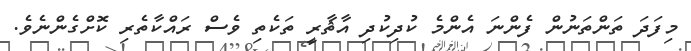
މިފަދަ ތަންތަނުން ފެންނަ އެންމެ ކުދިކުދި އާޘާރީ ތަކެތި ވެސް ރައްކާތެރި ކޮށްގެންނެވެ.